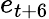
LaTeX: e_{t+6}